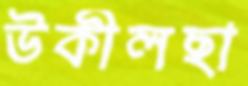
উকীলছা